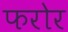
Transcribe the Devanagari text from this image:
फरोर